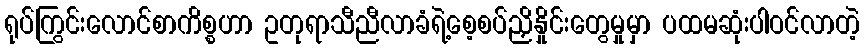
ရုပ်ကြွင်းလောင်စာကိစ္စဟာ ဥတုရာသီညီလာခံရဲ့စေ့စပ်ညှိနှိုင်းတွေမှုမှာ ပထမဆုံးပါဝင်လာတဲ့